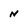
Character: n